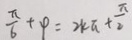
\frac { \pi } { 6 } + p = 2 k \pi + \frac { \pi } { 2 }